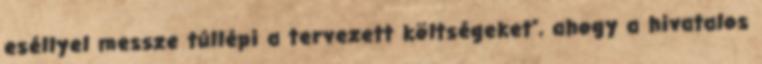
eséllyel messze túllépi a tervezett költségeket”, ahogy a hivatalos